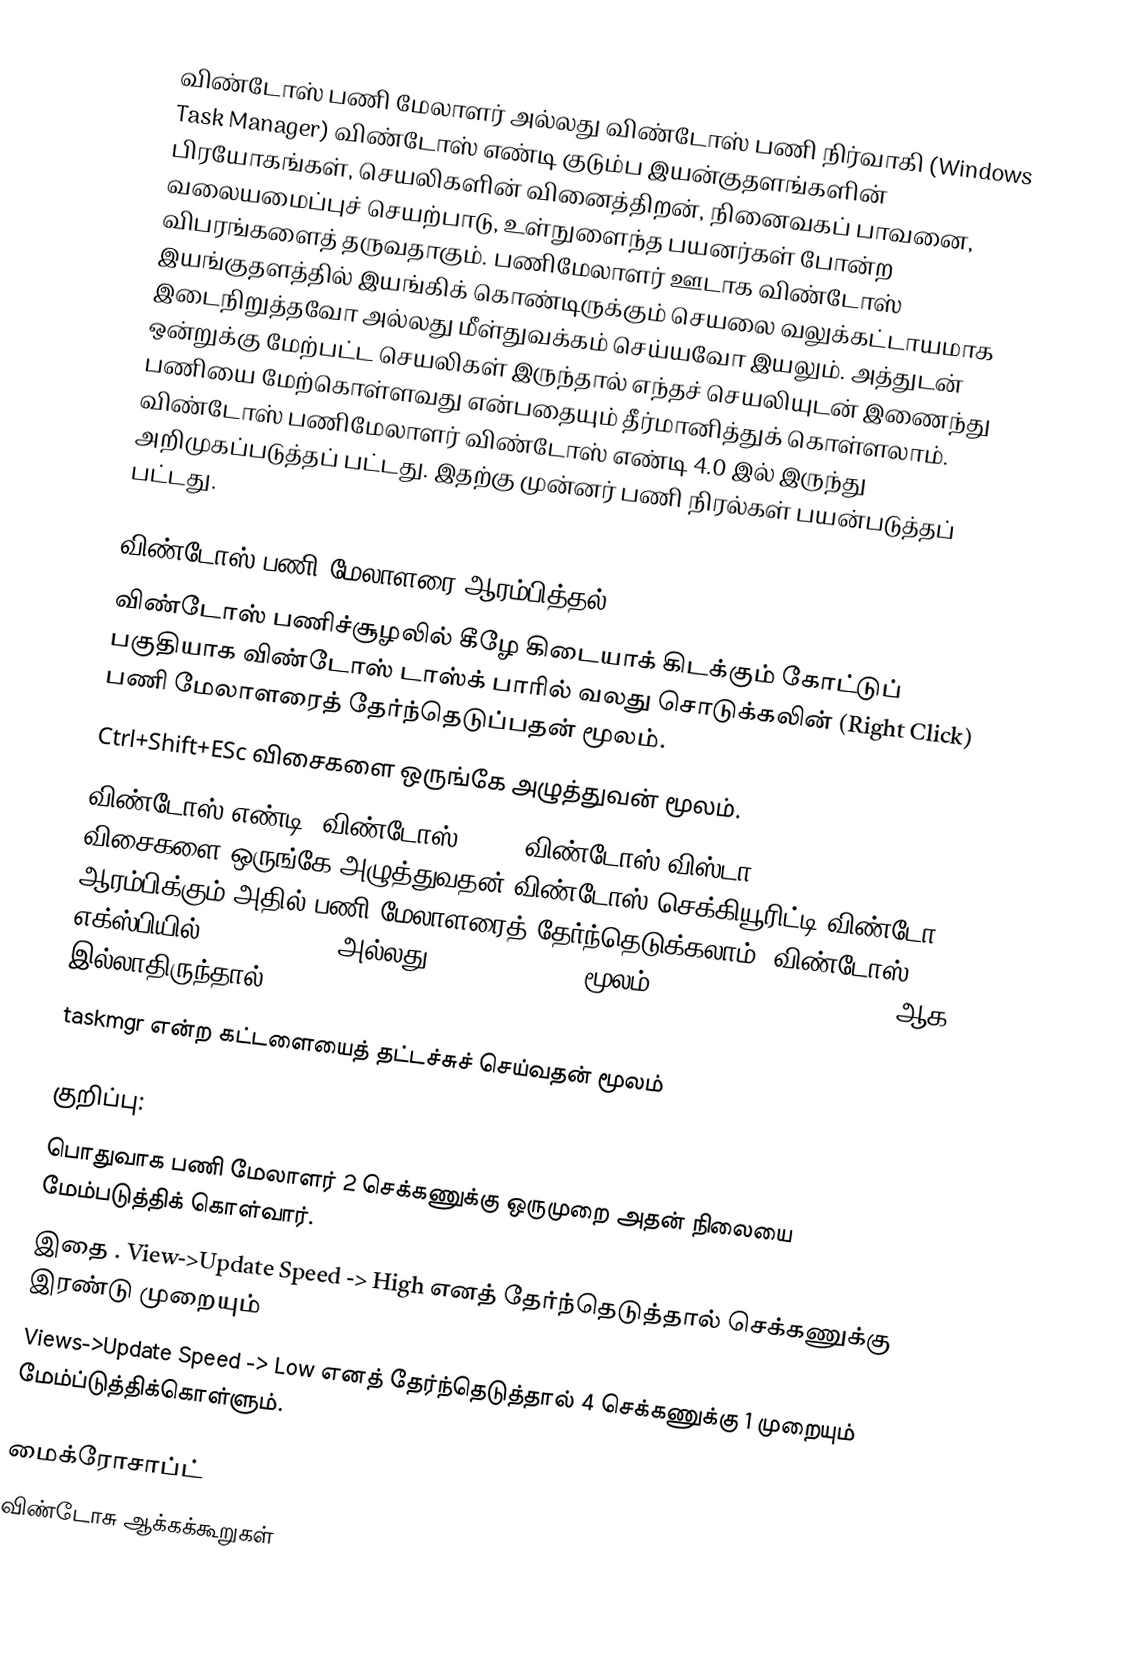
விண்டோஸ் பணி மேலாளர் அல்லது விண்டோஸ் பணி நிர்வாகி (Windows Task Manager) விண்டோஸ் எண்டி குடும்ப இயன்குதளங்களின் பிரயோகங்கள், செயலிகளின் வினைத்திறன், நினைவகப் பாவனை, வலையமைப்புச் செயற்பாடு, உள்நுளைந்த பயனர்கள் போன்ற விபரங்களைத் தருவதாகும். பணிமேலாளர் ஊடாக விண்டோஸ் இயங்குதளத்தில் இயங்கிக் கொண்டிருக்கும் செயலை வலுக்கட்டாயமாக இடைநிறுத்தவோ அல்லது மீள்துவக்கம் செய்யவோ இயலும். அத்துடன் ஒன்றுக்கு மேற்பட்ட செயலிகள் இருந்தால் எந்தச் செயலியுடன் இணைந்து பணியை மேற்கொள்ளவது என்பதையும் தீர்மானித்துக் கொள்ளலாம். விண்டோஸ் பணிமேலாளர் விண்டோஸ் எண்டி 4.0 இல் இருந்து அறிமுகப்படுத்தப் பட்டது. இதற்கு முன்னர் பணி நிரல்கள் பயன்படுத்தப் பட்டது.

விண்டோஸ் பணி மேலாளரை ஆரம்பித்தல்
 விண்டோஸ் பணிச்சூழலில் கீழே கிடையாக் கிடக்கும் கோட்டுப் பகுதியாக விண்டோஸ் டாஸ்க் பாரில் வலது சொடுக்கலின் (Right Click) பணி மேலாளரைத் தேர்ந்தெடுப்பதன் மூலம்.
 Ctrl+Shift+ESc விசைகளை ஒருங்கே அழுத்துவன் மூலம்.
 விண்டோஸ் எண்டி, விண்டோஸ் 2000, விண்டோஸ் விஸ்டா Ctrl+Alt+Delete விசைகளை ஒருங்கே அழுத்துவதன் விண்டோஸ் செக்கியூரிட்டி விண்டோ ஆரம்பிக்கும் அதில் பணி மேலாளரைத் தேர்ந்தெடுக்கலாம். விண்டோஸ் எக்ஸ்பியில் Ctrl+Alt+Del அல்லது Ctrl+Shift+ESc மூலம் (Welcome Screen disable ஆக இல்லாதிருந்தால்).
 taskmgr என்ற கட்டளையைத் தட்டச்சுச் செய்வதன் மூலம்

குறிப்பு:
 பொதுவாக பணி மேலாளர் 2 செக்கணுக்கு ஒருமுறை அதன் நிலையை மேம்படுத்திக் கொள்வார்.
 இதை . View->Update Speed -> High எனத் தேர்ந்தெடுத்தால் செக்கணுக்கு இரண்டு முறையும்
 Views->Update Speed -> Low எனத் தேர்ந்தெடுத்தால் 4 செக்கணுக்கு 1 முறையும் மேம்ப்டுத்திக்கொள்ளும்.

மைக்ரோசாப்ட்
விண்டோசு ஆக்கக்கூறுகள்